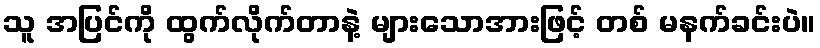
သူ အပြင်ကို ထွက်လိုက်တာနဲ့ များသောအားဖြင့် တစ် မနက်ခင်းပဲ။